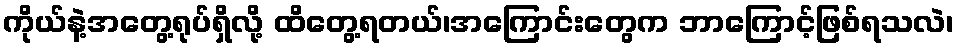
ကိုယ်နဲ့အတွေ့ရုပ်ရှိလို့ ထိတွေ့ရတယ်၊အကြောင်းတွေက ဘာကြောင့်ဖြစ်ရသလဲ၊